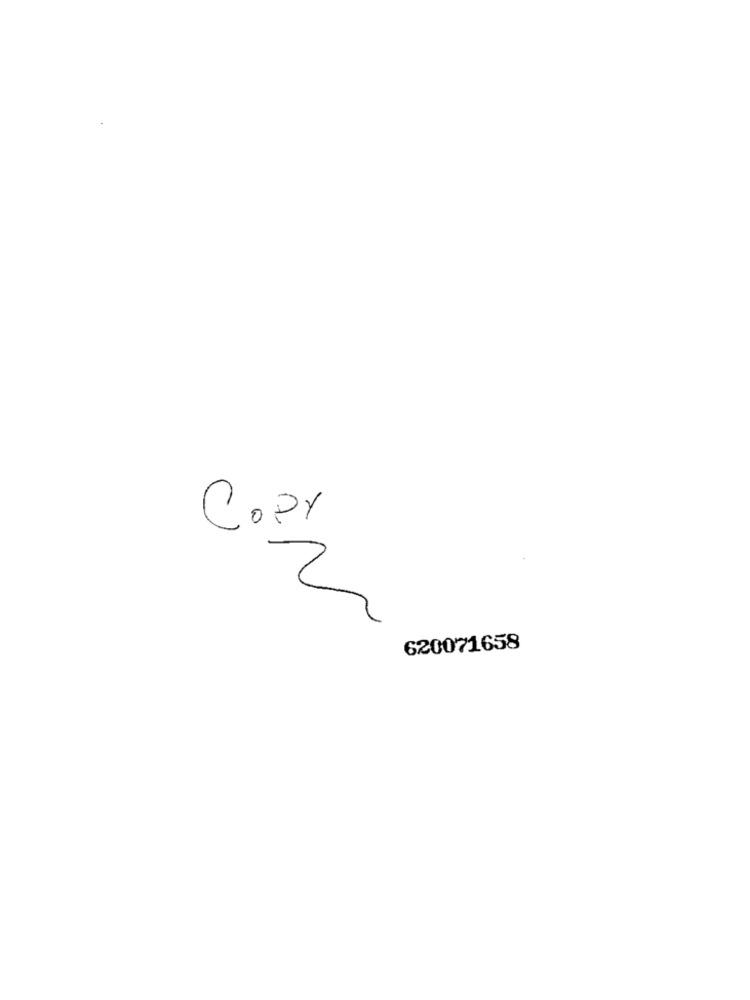
COPY
620071658